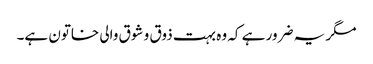
مگر یہ ضرور ہے کہ وہ بہت ذوق و شوق والی خاتون ہے۔